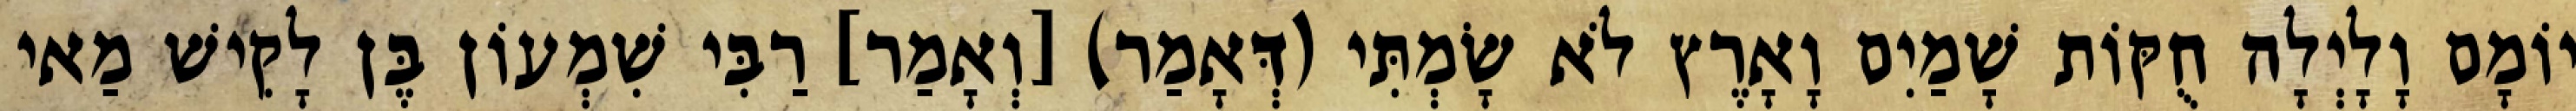
יוֹמָם וָלָיְלָה חֻקּוֹת שָׁמַיִם וָאָרֶץ לֹא שָׂמְתִּי (דְּאָמַר) [וְאָמַר] רַבִּי שִׁמְעוֹן בֶּן לָקִישׁ מַאי